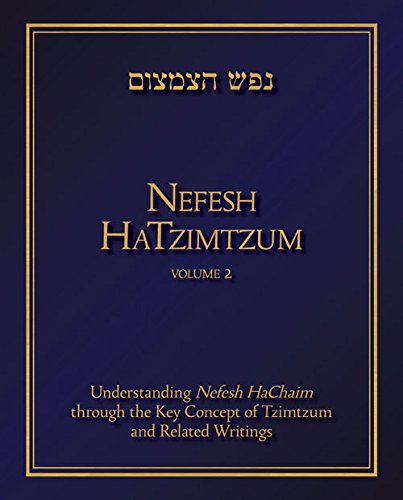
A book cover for Nefesh HaTzimtzum, Volume 2: Understanding Nefesh HaChaim through the Key Concept of Tzimtzum and Related Writings; Avinoam Fraenkel; Religion & Spirituality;